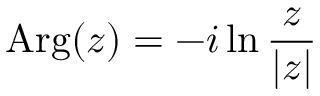
\operatorname { A r g } ( z ) = - i \ln { \frac { z } { | z | } }